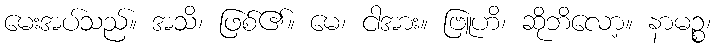
မေးအပ်သည်။ အသိ၊ ဖြစ်၏။ မေ၊ ငါအား။ ဗြူဟိ၊ ဆိုဘိလော့။ နာမဉ္စ၊